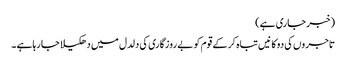
(خبر جاری ہے)
تاجروں کی دوکانیں تباہ کر کے قوم کو بے روزگاری کی دلدل میں دھکیلا جا رہاہے ۔